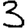
Digit: 3